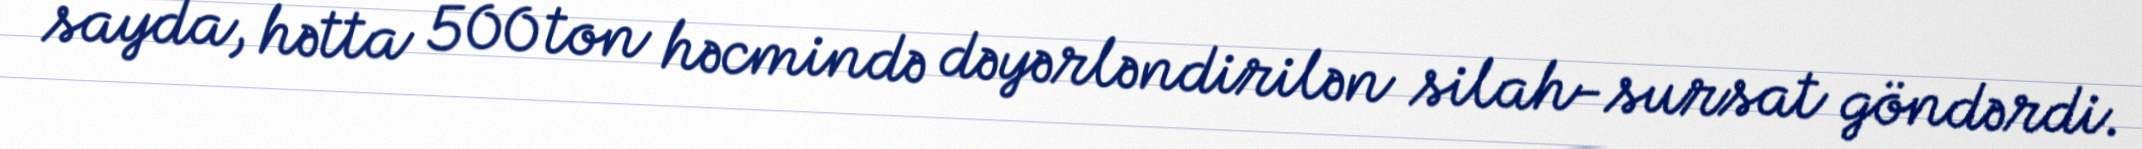
sayda, hətta 500 ton həcmində dəyərləndirilən silah-sursat göndərdi.